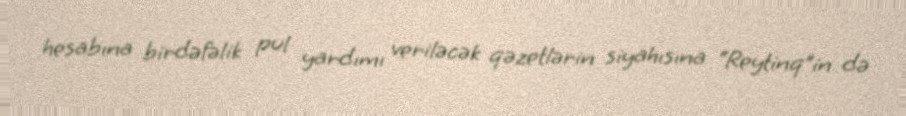
hesabına birdəfəlik pul yardımı veriləcək qəzetlərin siyahısına “Reytinq”in də